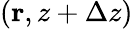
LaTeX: ({\mathbf r},z+\Delta z)